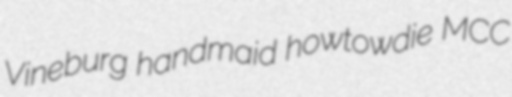
Vineburg handmaid howtowdie MCC